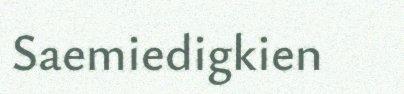
Saemiedigkien